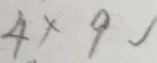
4 \times 9 √